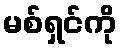
မစ်ရှင်ကို